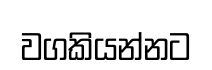
වගකියන්නට